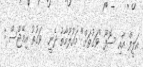
އަލީފް އާއި ސޮފޫ "ވަގުތަށް" މައުލޫމާތު ދެނީ  ވަގުތު އިމޭޖްސް :